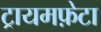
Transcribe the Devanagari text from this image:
ट्रायमफ़ेटा